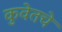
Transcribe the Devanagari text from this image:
कुवेतचे